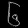
Digit: ၆